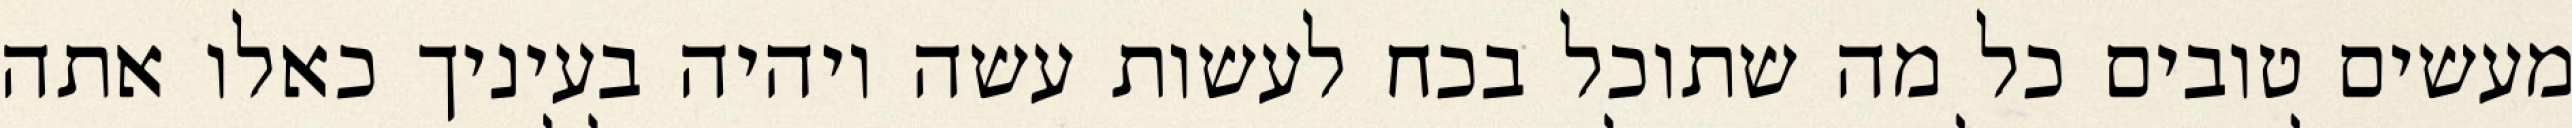
מעשים טובים כל מה שתוכל בכח לעשות עשה ויהיה בעיניך כאלו אתה